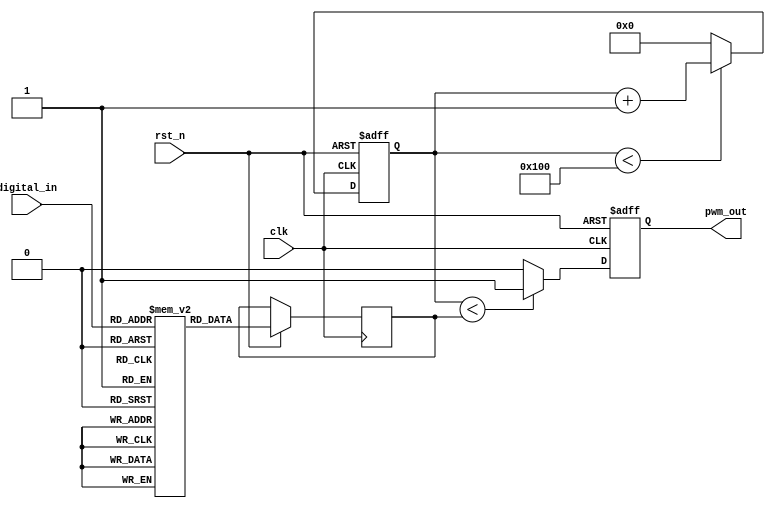
module LPWM #(
    parameter N = 8,                // Input bit width
    parameter PWM_PERIOD = 256      // PWM period, adjust as needed
)(
    input wire clk,                 // System clock
    input wire rst_n,               // Active-low reset
    input wire [N-1:0] digital_in,  // N-bit digital input
    output reg pwm_out              // PWM output
);

    // Logarithmic Look-Up Table (LUT)
    reg [N-1:0] log_lut [0:255];    // LUT for log scaling (for N=8)
    
    initial begin
        // Initialize the logarithmic LUT (simple logarithmic mapping)
        // Example: Using integer values for log (customize as needed)
        log_lut[0] = 0;   // log(1)
        log_lut[1] = 1;   // log(2)
        log_lut[2] = 2;   // log(3)
        // Continue initializing up to 255...
        log_lut[255] = 255; // Example value
    end

    // Counter for PWM generation
    reg [N-1:0] counter;
    reg [N-1:0] pwm_width;

    // PWM Generation Process
    always @(posedge clk or negedge rst_n) begin
        if (!rst_n) begin
            counter <= 0;
            pwm_out <= 0;
        end else begin
            // Update the PWM width based on the logarithmic LUT
            pwm_width <= log_lut[digital_in];

            // PWM Counter
            if (counter < PWM_PERIOD) begin
                counter <= counter + 1;
            end else begin
                counter <= 0;
            end

            // Generate PWM signal based on the counter and width
            if (counter < pwm_width) begin
                pwm_out <= 1; // High state
            end else begin
                pwm_out <= 0; // Low state
            end
        end
    end

endmodule